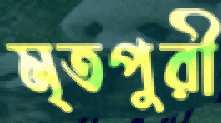
মৃতপুরী